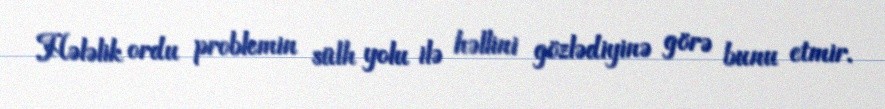
Hələlik ordu problemin sülh yolu ilə həllini gözlədiyinə görə bunu etmir.